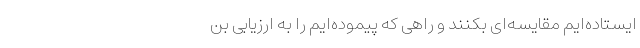
ایستاده‌ایم مقایسه‌ای بکنند و راهی که پیموده‌ایم را به ارزیابی بن